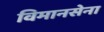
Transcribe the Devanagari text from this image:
विमानसेना